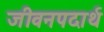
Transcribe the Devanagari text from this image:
जीवनपदार्थ